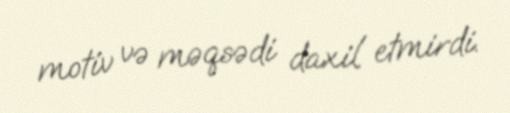
motiv və məqsədi daxil etmirdi.